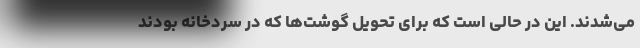
می‌شدند. این در حالی است که برای تحویل گوشت‌ها که در سردخانه بودند